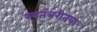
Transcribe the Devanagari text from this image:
स्वतंत्ररीतया